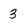
Character: 3